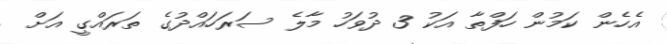
އެހެން ކަމުން ހަފްތާ އަކު 3 ދުވަހު މާލެ ސަރަހައްދުގެ ތަރައްގީ އަށް